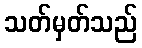
သတ်မှတ်သည်